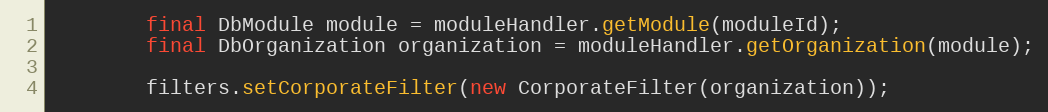
Language: Java
        final DbModule module = moduleHandler.getModule(moduleId);
        final DbOrganization organization = moduleHandler.getOrganization(module);

        filters.setCorporateFilter(new CorporateFilter(organization));